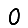
Digit: 0